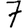
Digit: 7